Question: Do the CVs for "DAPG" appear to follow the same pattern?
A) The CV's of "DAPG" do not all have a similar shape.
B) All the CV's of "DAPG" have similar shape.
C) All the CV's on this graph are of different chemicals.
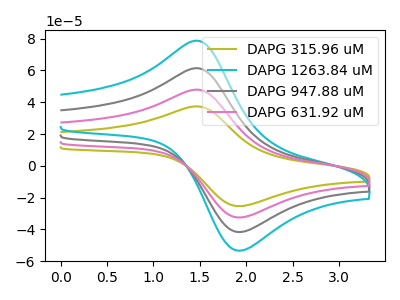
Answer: <think>The olive curve "DAPG 315.96 uM" has an anodic peak at (1.45V, 37.40uA) and a cathodic peak at (1.90V, -25.20uA). The cyan curve "DAPG 1263.84 uM" has an anodic peak at (1.45V, 143.80uA) and a cathodic peak at (1.90V, -96.85uA). The gray curve "DAPG 947.88 uM" has an anodic peak at (1.45V, 95.90uA) and a cathodic peak at (1.90V, -64.55uA). The pink curve "DAPG 631.92 uM" has an anodic peak at (1.45V, 47.95uA) and a cathodic peak at (1.90V, -32.30uA).
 All the peaks in "DAPG 315.96 uM" have a peak in "DAPG 1263.84 uM" at the same potential. Every peak in "DAPG 315.96 uM" is lower than every peak in "DAPG 1263.84 uM". All the peaks in "DAPG 315.96 uM" have a peak in "DAPG 947.88 uM" at the same potential. Every peak in "DAPG 315.96 uM" is lower than every peak in "DAPG 947.88 uM". All the peaks in "DAPG 315.96 uM" have a peak in "DAPG 631.92 uM" at the same potential. Every peak in "DAPG 315.96 uM" is lower than every peak in "DAPG 631.92 uM". All the peaks in "DAPG 1263.84 uM" have a peak in "DAPG 947.88 uM" at the same potential. Every peak in "DAPG 1263.84 uM" is higher than every peak in "DAPG 947.88 uM". All the peaks in "DAPG 1263.84 uM" have a peak in "DAPG 631.92 uM" at the same potential. Every peak in "DAPG 1263.84 uM" is higher than every peak in "DAPG 631.92 uM". All the peaks in "DAPG 947.88 uM" have a peak in "DAPG 631.92 uM" at the same potential. Every peak in "DAPG 947.88 uM" is higher than every peak in "DAPG 631.92 uM".</think>
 <answer>B) All the CV's of "DAPG" have similar shape.</answer>
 <eval>B</eval>